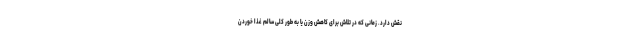
نقش دارد. زمانی که در تلاش برای کاهش وزن یا به طور کلی سالم غذا خوردن